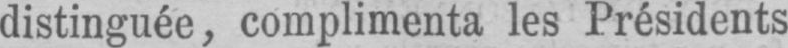
distinguée, complimenta les Présidents